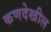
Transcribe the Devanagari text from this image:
कणदेखील